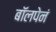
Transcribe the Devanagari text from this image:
बॉलपेनं